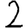
Digit: 2